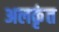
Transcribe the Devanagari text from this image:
अलकृंत